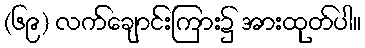
(၆၉) လက်ချောင်းကြား၌ အားထုတ်ပါ။